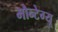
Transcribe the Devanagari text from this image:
मौन्टेग्यू